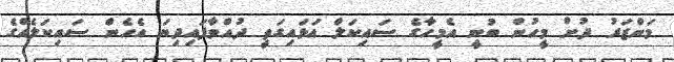
މަންޒަރު ދުށް މީހުން ބުނީ އެމީހާގެ ސައިކަލް އަޅައިގަތީ ދުއްވާފައިދިޔަ އެހެން ސައިކަލެއްގެ